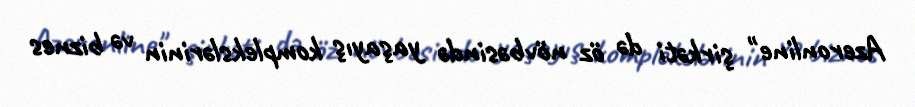
Azeronline" şirkəti də öz növbəsində yaşayış komplekslərinin və biznes